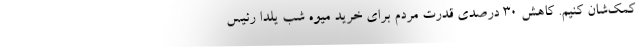
کمک‌شان کنیم. کاهش ۳۰ درصدی قدرت مردم برای خرید میوه شب یلدا رئیس